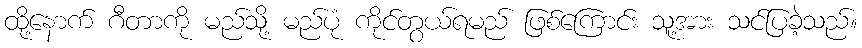
ထို့နောက် ဂီတာကို မည်သို့ မည်ပုံ ကိုင်တွယ်ရမည် ဖြစ်ကြောင်း သူ့အား သင်ပြခဲ့သည်။